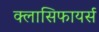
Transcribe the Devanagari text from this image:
क्लासिफायर्स